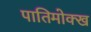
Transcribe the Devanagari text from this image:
पातिमोक्ख